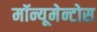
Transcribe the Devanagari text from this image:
मॉन्यूमेन्टोस